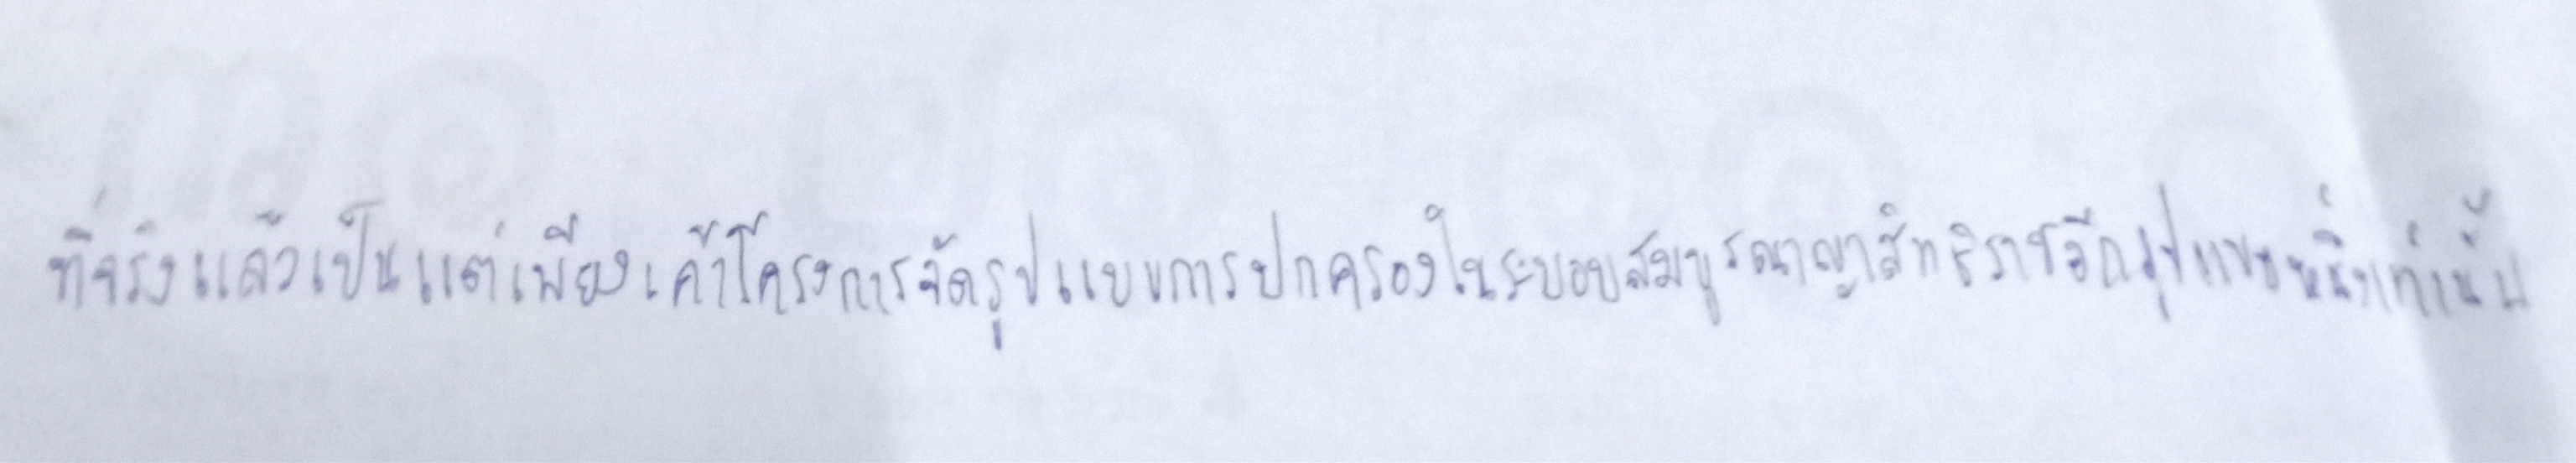
ที่จริงแล้วเป็นแต่เพียงเค้าโครงการจัดรูปแบบการปกครองในระบอบสมบูรณาญาสิทธิราชย์อีกรูปแบบหนึ่งเท่านั้น